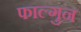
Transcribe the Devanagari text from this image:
फाल्‍गुन